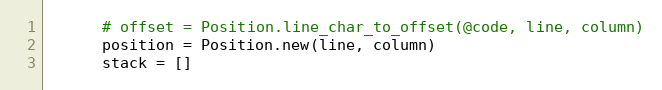
Language: Ruby
      # offset = Position.line_char_to_offset(@code, line, column)
      position = Position.new(line, column)
      stack = []